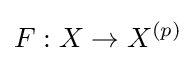
F:X\to X^{(p)}